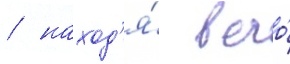
/ наход'я́ в его́